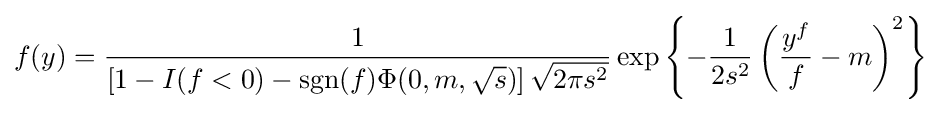
f(y)={\frac {1}{\left[1-I(f<0)-\operatorname {sgn}(f)\Phi (0,m,{\sqrt {s}})\right]{\sqrt {2\pi s^{2}}}}}\exp \left\{-{\frac {1}{2s^{2}}}\left({\frac {y^{f}}{f}}-m\right)^{2}\right\}